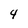
Character: 4